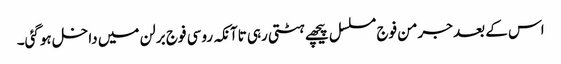
اس کے بعد جرمن فوج مسلسل پیچھے ہٹتی رہی تاآنکہ روسی فوج برلن میں داخل ہوگئی۔